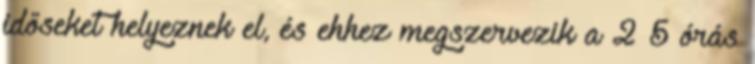
időseket helyeznek el, és ehhez megszervezik a 2×5 órás